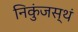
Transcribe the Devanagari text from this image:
निकुंजस्थं